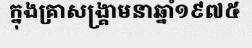
ក្នុងគ្រាសង្គ្រាមនាឆ្នាំ១៩៧៥